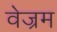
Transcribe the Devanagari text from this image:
वेज्रम